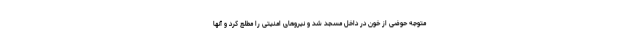
متوجه حوضی از خون در داخل مسجد شد و نیروهای امنیتی را مطلع کرد و آنها